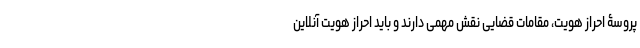
پروسۀ احراز هویت، مقامات قضایی نقش مهمی دارند و باید احراز هویت آنلاین